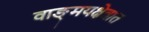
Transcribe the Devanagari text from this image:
वाङ्‌मयक्षेत्रात